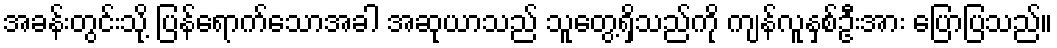
အခန်းတွင်းသို့ ပြန်ရောက်သောအခါ အဆုယာသည် သူတွေ့ရှိသည်ကို ကျန်လူနှစ်ဦးအား ပြောပြသည်။